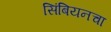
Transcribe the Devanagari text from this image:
सिंबियनचा